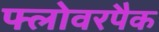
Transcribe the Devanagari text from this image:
फ्लोवरपैक